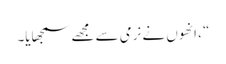
“ ، انھوں نے نرمی سے مجھے سمجھایا۔